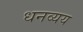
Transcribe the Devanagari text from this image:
धनव्यय